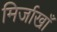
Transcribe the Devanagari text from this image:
मिर्जाखाँ